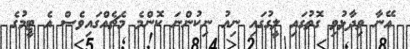
އޭނާ ވިދާޅުވި ގޮތުގައި ލީގުގައި ނިއު ނިކުންނަ ކޮންމެ މެޗެއްގައިވެސް އެ ޓީމުގެ